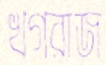
খগরাজ